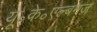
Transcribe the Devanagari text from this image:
यू॰के॰एल्बमज़